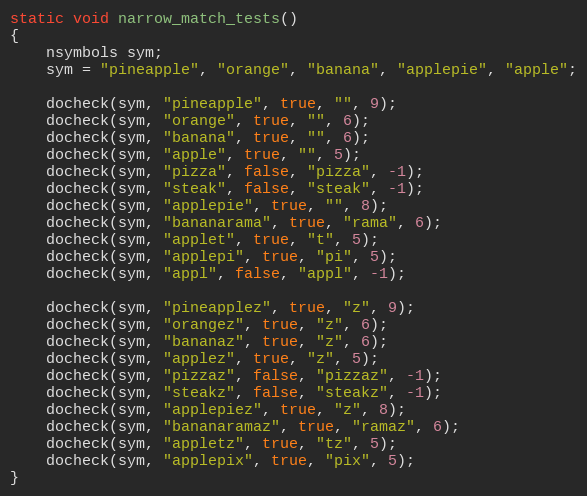
Language: C++
static void narrow_match_tests()
{
    nsymbols sym;
    sym = "pineapple", "orange", "banana", "applepie", "apple";

    docheck(sym, "pineapple", true, "", 9);
    docheck(sym, "orange", true, "", 6);
    docheck(sym, "banana", true, "", 6);
    docheck(sym, "apple", true, "", 5);
    docheck(sym, "pizza", false, "pizza", -1);
    docheck(sym, "steak", false, "steak", -1);
    docheck(sym, "applepie", true, "", 8);
    docheck(sym, "bananarama", true, "rama", 6);
    docheck(sym, "applet", true, "t", 5);
    docheck(sym, "applepi", true, "pi", 5);
    docheck(sym, "appl", false, "appl", -1);

    docheck(sym, "pineapplez", true, "z", 9);
    docheck(sym, "orangez", true, "z", 6);
    docheck(sym, "bananaz", true, "z", 6);
    docheck(sym, "applez", true, "z", 5);
    docheck(sym, "pizzaz", false, "pizzaz", -1);
    docheck(sym, "steakz", false, "steakz", -1);
    docheck(sym, "applepiez", true, "z", 8);
    docheck(sym, "bananaramaz", true, "ramaz", 6);
    docheck(sym, "appletz", true, "tz", 5);
    docheck(sym, "applepix", true, "pix", 5);
}